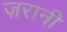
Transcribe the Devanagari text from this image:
ज़रानी